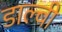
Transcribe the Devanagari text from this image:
डाल्बी